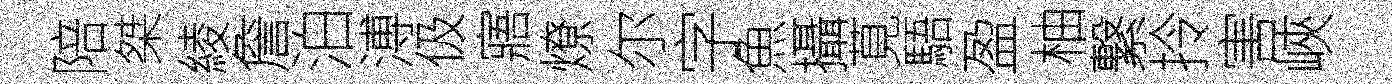
陪桀綾詹泊溥伋寤燎尔字魚攝莧䮏盈柚繋拎害峽